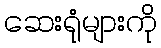
ဆေးရုံများကို